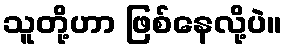
သူတို့ဟာ ဖြစ်နေလို့ပဲ။